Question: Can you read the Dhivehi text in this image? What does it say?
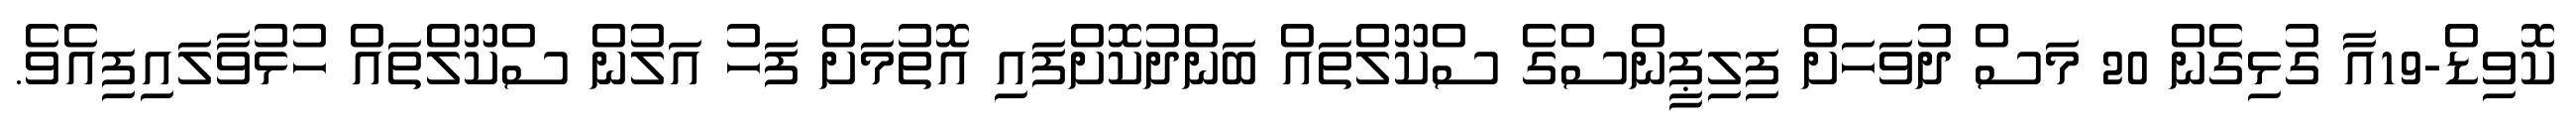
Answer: ކޮވިޑް-19އާ ގުޅިގެން 20 މަސް ދުވަހަށް ފިލިޕީންސްގެ ސްކޫލްތައް ބަންދުކޮށްފައި އޮތުމަށް ފަހު އަލުން ސްކޫލްތައް ހުޅުވާލައިފިއެވެ.